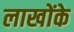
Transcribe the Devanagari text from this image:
लाखोंके